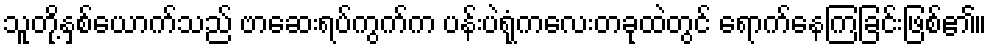
သူတို့နှစ်ယောက်သည် ဗာဆေးရပ်ကွက်က ပန်းပဲရုံကလေးတခုထဲတွင် ရောက်နေကြခြင်းဖြစ်၏။